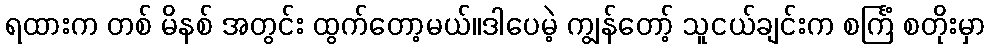
ရထားက တစ် မိနစ် အတွင်း ထွက်တော့မယ်။ဒါပေမဲ့ ကျွန်တော့် သူငယ်ချင်းက စင်္ကြံ စတိုးမှာ